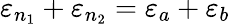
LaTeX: \varepsilon_{n_{1}}+\varepsilon_{n_{2}}=\varepsilon_{a}+\varepsilon_{b}